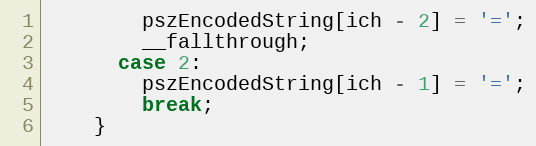
Language: C++
        pszEncodedString[ich - 2] = '=';
        __fallthrough;
      case 2:
        pszEncodedString[ich - 1] = '=';
        break;
    }